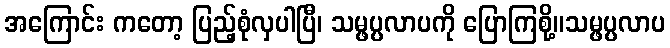
အကြောင်း ကတော့ ပြည့်စုံလှပါပြီ၊ သမ္ဖပ္ပလာပကို ပြောကြစို့။သမ္ဖပ္ပလာပ